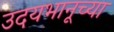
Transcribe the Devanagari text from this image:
उदयभानूच्या